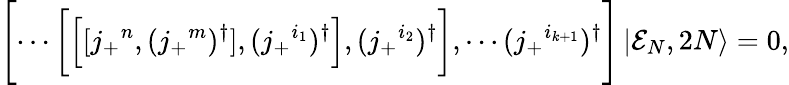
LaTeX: \Biggl[\cdots\biggl[\Bigl[[j_{+}{}^{n},(j_{+}{}^{m})^{\dagger}],(j_{+}{}^{i_{1}})^{\dagger}\Bigr],(j_{+}{}^{i_{2}})^{\dagger}\biggr],\cdots(j_{+}{}^{i_{k+1}})^{\dagger}\Biggr]\left|{\cal E}_{N},2N\right\rangle=0,